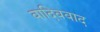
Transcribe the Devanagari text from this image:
वादिववाद